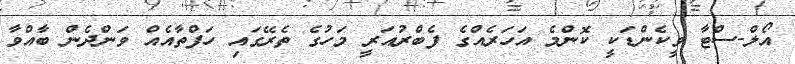
އޯލް-ސްޓާ ވީކެންޑަކީ ކޮންމެ އަހަރެއްގެ ފެބްރުއަރީ މަހުގެ ތެރޭގައި ހަފްތާއެއް ވަންދެން ބާއްވާ